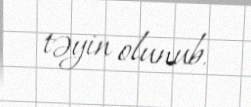
təyin olunub.